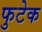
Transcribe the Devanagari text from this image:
फुटेक